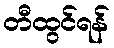
တီထွင်ရန်